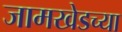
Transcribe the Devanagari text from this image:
जामखेडच्या